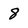
Character: 8